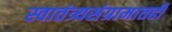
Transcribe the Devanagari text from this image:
स्वातंत्र्यसंग्रामातही